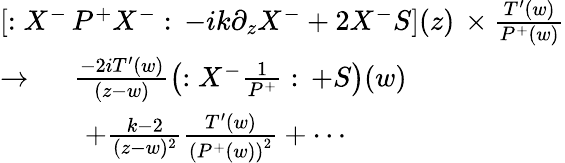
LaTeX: \begin{array}{l}{{\left[:X^{-}\, P^{+}X^{-}:\, -ik\partial_{z}X^{-}+2X^{-}S\right](z)\, \times\frac{T^{\prime}(w)}{P^{+}(w)}}}\\ {{\rightarrow\, \quad\, \frac{-2iT^{\prime}(w)}{\left(z-w\right)}\left(:X^{-}\frac 1{P^{+}}:\, +S\right)(w)}}\\ {{\quad\quad\quad+\frac{k-2}{(z-w)^{2}}\frac{T^{\prime}(w)}{\left(P^{+}(w)\right)^{2}}+\cdots}}\end{array}